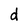
Character: d